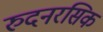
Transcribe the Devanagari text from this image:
रुदनरसिक